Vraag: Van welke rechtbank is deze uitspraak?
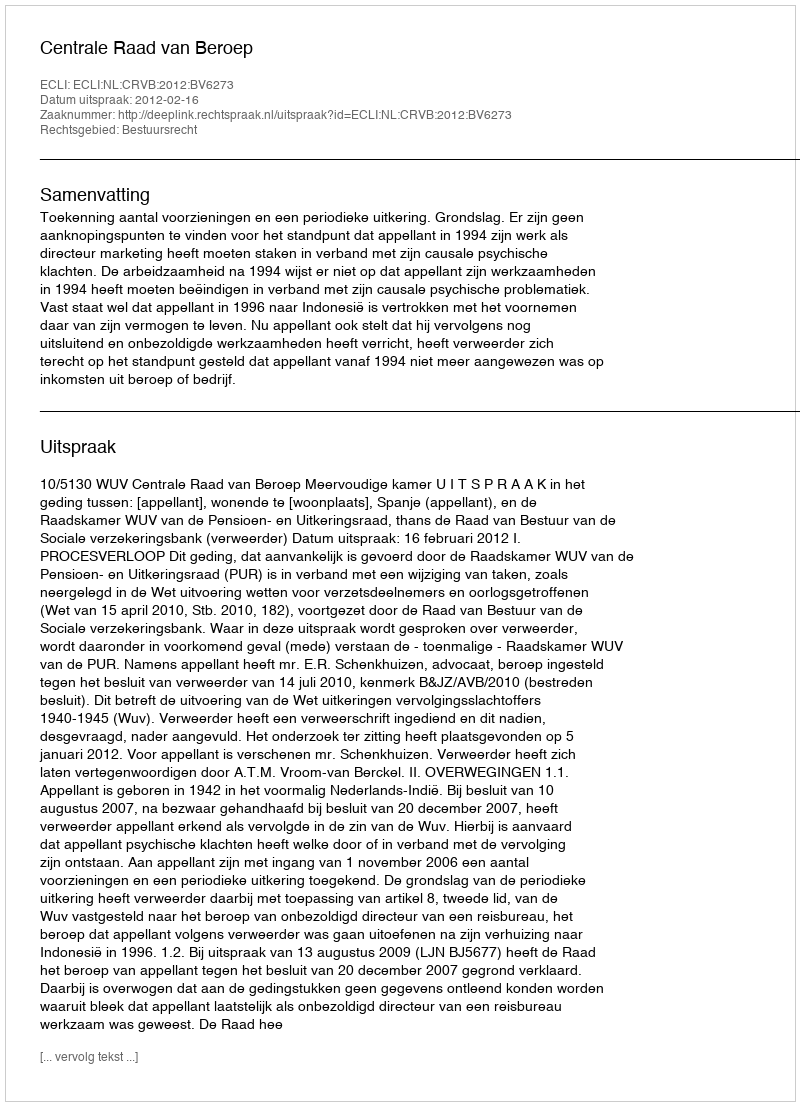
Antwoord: Centrale Raad van Beroep